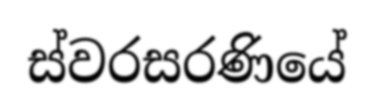
ස්වරසරණියේ